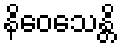
နိဝေသေန္တိ